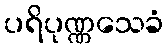
ပရိပုဏ္ဏသေခံ